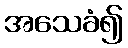
အသေခံ၍